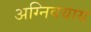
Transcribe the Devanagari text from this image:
अग्निवयाय